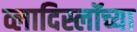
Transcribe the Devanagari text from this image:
व्लादिस्लॉच्या